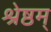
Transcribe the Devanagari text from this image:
श्रेष्ठम्